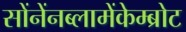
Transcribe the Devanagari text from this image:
सोंनेंनब्लामेंकेम्ब्रोट